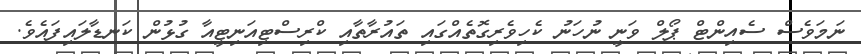
ނަމަވެސް ސެއިންޓް ޕޯލް ވަނީ ނުހަނު ކެހިވެރިގޮތެއްގައި ތައުރާތާއި ކްރިސްޓިއަނިޓީއާ ގުޅުން ކަނޑާލައިފައެވެ.